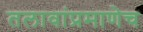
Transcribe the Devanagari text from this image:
तलावांप्रमाणेच